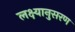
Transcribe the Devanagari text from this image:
लक्ष्यानुसरण